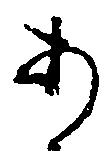
あ